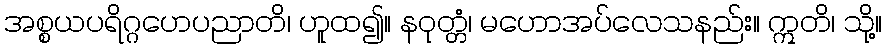
အစ္စယပရိဂ္ဂဟေပညာတိ၊ ဟူထ၍။ နဝုတ္တံ၊ မဟောအပ်လေသနည်း။ ဣတိ၊ သို့။